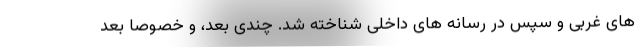
های غربی و سپس در رسانه های داخلی شناخته شد. چندی بعد، و خصوصا بعد